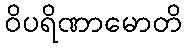
ဝိပရိဏာမောတိ